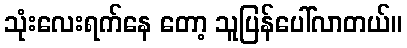
သုံးလေးရက်နေ တော့ သူပြန်ပေါ်လာတယ်။